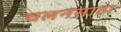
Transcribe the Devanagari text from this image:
चलनसाठा